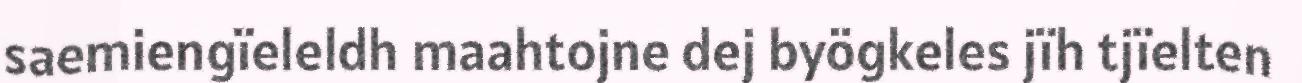
saemiengïeleldh maahtojne dej byögkeles jïh tjïelten